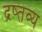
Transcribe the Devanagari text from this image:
द्रष्तव्य